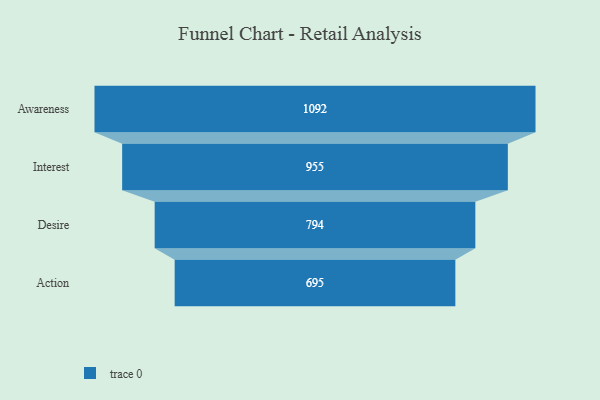
{"axis": {"x": "Stage", "y": "Value"}, "legend": [""], "data": [{"x": "Awareness", "y": 1092.0, "type": ""}, {"x": "Interest", "y": 955.0, "type": ""}, {"x": "Desire", "y": 794.0, "type": ""}, {"x": "Action", "y": 695.0, "type": ""}]}